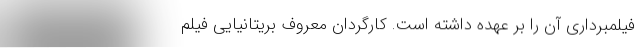
فیلمبرداری آن را بر عهده داشته است. کارگردان معروف بریتانیایی فیلم